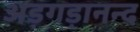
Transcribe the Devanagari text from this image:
अड़गड़ानन्द